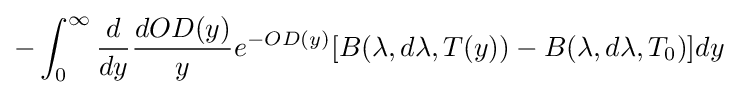
-\int _{0}^{\infty }{\frac {d}{dy}}{\frac {dOD(y)}{y}}e^{-OD(y)}[B(\lambda ,d\lambda ,T(y))-B(\lambda ,d\lambda ,T_{0})]dy